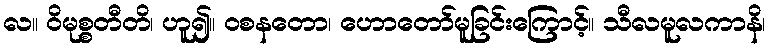
လ။ ဝိမုစ္စတီတိ၊ ဟူ၍။ ဝစနတော၊ ဟောတော်မူခြင်းကြောင့်။ သီလမူလကာနိ၊